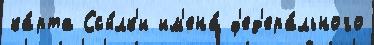
ка́рта Ссы́лк'и им'ена́ ф'ед'ера́льного